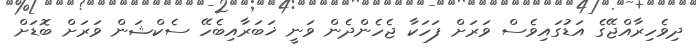
ދިވެހިރާއްޖޭގެ އަޑުގައިވެސް ވަރަށް ފަހަކާ ޖެހެންދެން ވަނީ ޚަބަރާއިބެހޭ ސެކްޝަން ވަރަށް ބޮޑަށް